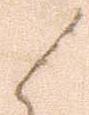
候